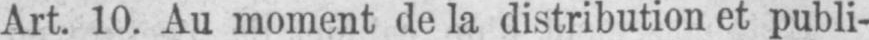
Art. 10. Au moment de la distribution et publi-